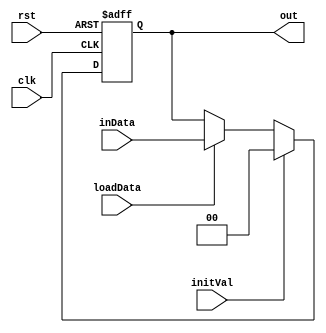
`timescale 1ns/1ns
module Reg2bit(input clk,rst,loadData,initVal, input [1:0] inData, output[1:0] out);
  reg [1:0] outData;
  assign out = outData;
  always@(posedge clk, posedge rst)begin
    if(rst) outData <= 2'b0;
    else
    begin
      if(initVal) outData <= 2'b0;
      else
    begin
    if (loadData) outData <= inData;
    else outData <= outData;
    end
  end
  end
endmodule